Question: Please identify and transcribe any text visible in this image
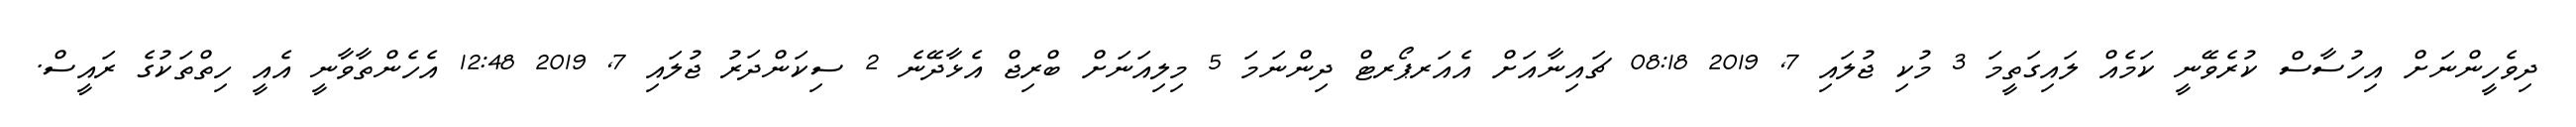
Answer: ދިވެހީންނަށް އިހުސާސް ކުރެވޭނީ ކަމެއް ލައިގަތީމަ 3 މުކި ޖުލައި 7, 2019 08:18 ޗައިނާއަށް އެއަރޕޯރޓް ދިންނަމަ 5 މިލިއަނަށް ބްރިޖް އެޅާދޭނެ 2 ސިކަންދަރު ޖުލައި 7, 2019 12:48 އެހެންތާވާނީ އެއީ ހިތްތަކުގެ ރައީސް.